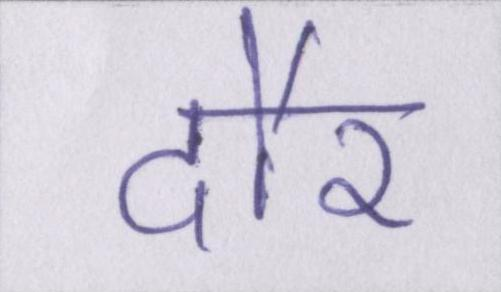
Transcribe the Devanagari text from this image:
दौर